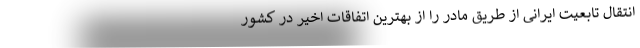
انتقال تابعیت ایرانی از طریق مادر را از بهترین اتفاقات اخیر در کشور